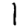
Digit: 1